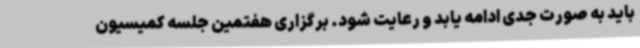
باید به صورت جدی ادامه یابد و رعایت شود. برگزاری هفتمین جلسه کمیسیون